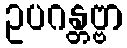
ဥပဂန္တဗ္ဗာ